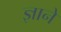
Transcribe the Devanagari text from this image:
ज्ञाने